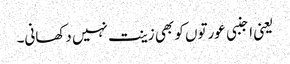
یعنی اجنبی عورتوں کو بھی زینت نہیں دکھانی۔